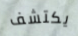
يكتشف